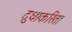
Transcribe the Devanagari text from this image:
दुधाकरिता